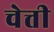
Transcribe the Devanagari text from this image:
चेत्ती